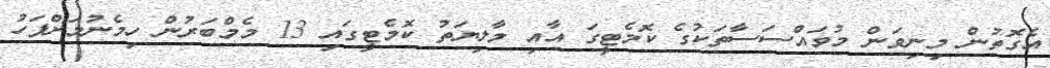
އެގޮތުން މިނިވަން މުވައްސަސާތަކުގެ ކޮމެޓީގަ އާއި މާލިޔަތު ކޮމެޓީގައި 13 މެމްބަރުން ހިމެނުމަށްފަހު